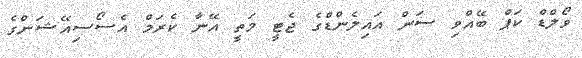
ވޯލްޑް ކަޕް ބޭއްވި ސަން އައިލެންޑްގެ ޖެޓީ މަތީ އޭނާ ކެރަމް އެސޯސިއޭޝަންގެ